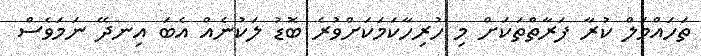
ތަހައްމަލް ކުރާ ފަރާތްތަކަށް މި ހުރިހާކަމަކަށްވުރެ ބޮޑު ލަކުނެއް އެބަ އިނދޭ ނަމަވެސް